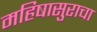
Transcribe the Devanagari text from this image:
महिषासुराचा